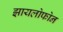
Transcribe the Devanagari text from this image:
झायलोफोन